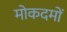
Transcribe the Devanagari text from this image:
मोकदमों